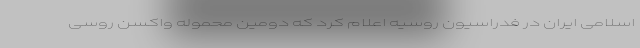
اسلامی ایران در فدراسیون روسیه اعلام کرد که دومین محموله واکسن روسی